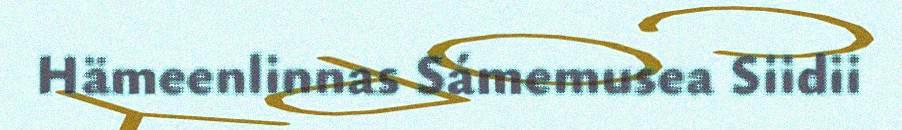
Hämeenlinnas Sámemusea Siidii